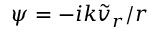
\psi = - i k \tilde { v } _ { r } / r